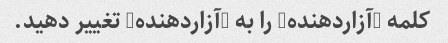
کلمه "آزاردهنده" را به "آزاردهنده" تغییر دهید.